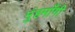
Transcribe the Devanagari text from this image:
मुंहमाँगी